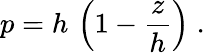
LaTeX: p=h\, \left(1-\frac{z}{h}\right)\; .